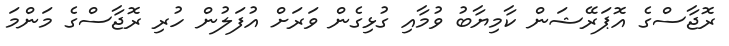
ރޮޖާސްގެ އޮޕަރޭޝަން ކާމިޔާބު ވުމާއި ގުޅިގެން ވަރަށް އުފަލުން ހުރި ރޮޖާސްގެ މަންމަ